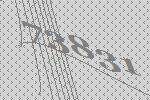
73831